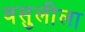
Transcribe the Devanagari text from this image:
वसुलीला